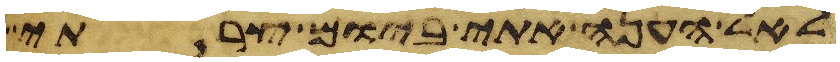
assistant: לאל הענה אתי ביום צרתי